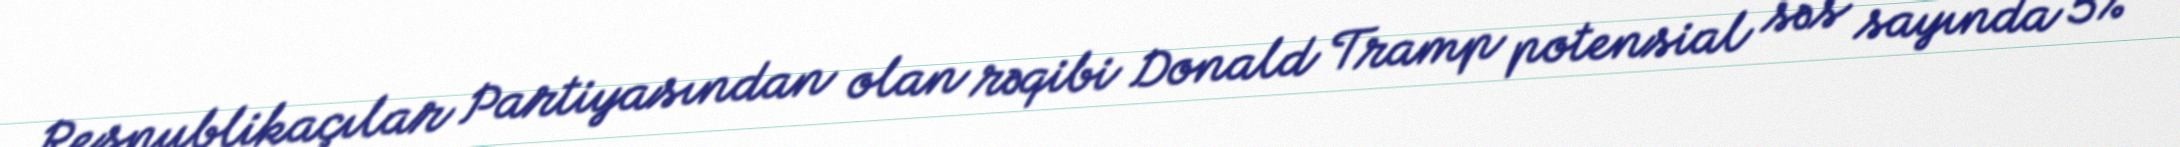
Respublikaçılar Partiyasından olan rəqibi Donald Tramp potensial səs sayında 5%